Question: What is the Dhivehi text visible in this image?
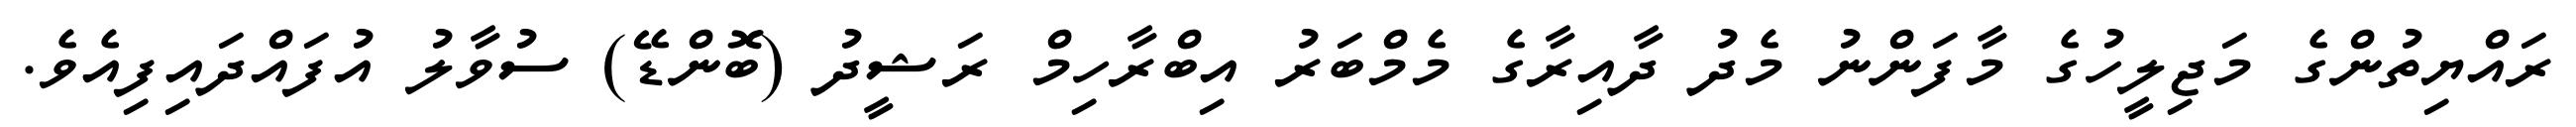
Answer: ރައްޔިތުންގެ މަޖިލީހުގެ މާފަންނު މެދު ދާއިރާގެ މެމްބަރު އިބްރާހިމް ރަޝީދު (ބޮންޑޭ) ސުވާލު އުފައްދައިފިއެވެ.